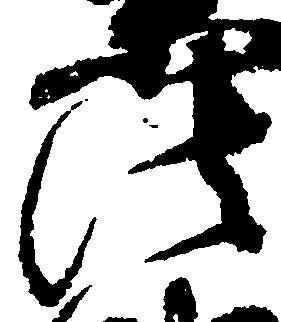
法